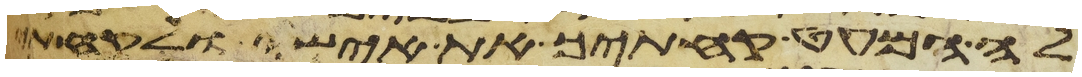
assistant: לה המעט קחתיך את אישי ולקחתי